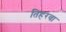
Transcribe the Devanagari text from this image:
तिहरवा